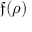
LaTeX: { \mathfrak { f } } ( \rho )